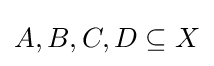
A,B,C,D\subseteq X